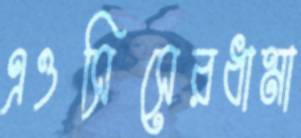
এওসিসেরধামা